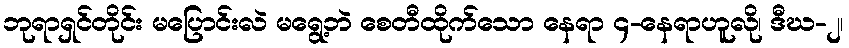
ဘုရာရှင်တိုင်း မပြောင်းလဲ မရွေ့ဘဲ စေတီထိုက်သော နေရာ ၄-နေရာဟူလို၊ ဒီဃ-၂၊